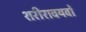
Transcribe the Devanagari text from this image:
शरीरावयवों